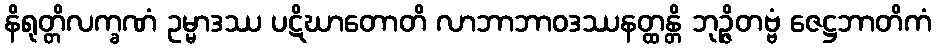
နိရုတ္တိလက္ခဏံ ဥမ္မာဒဿ ပဋိဃာတောတိ လာဘာဘာဝဒဿနတ္ထန္တိ ဘုဉ္ဇိတဗ္ဗံ ဇေဋ္ဌဘာတိကံ